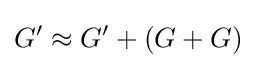
G'\approx G'+(G+G)